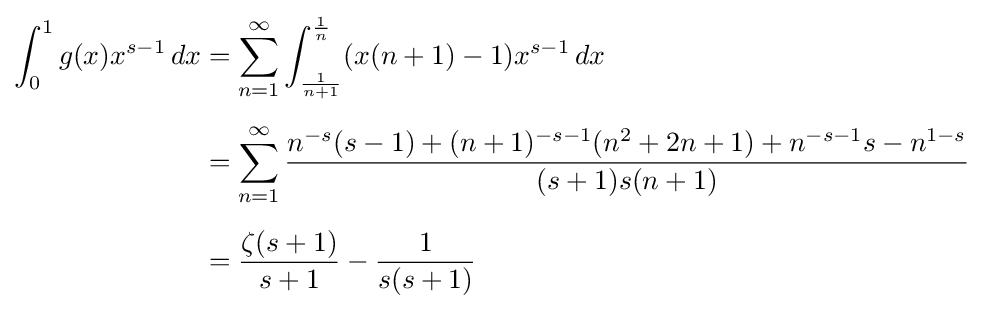
{\begin{aligned}\int _{0}^{1}g(x)x^{s-1}\,dx&=\sum _{n=1}^{\infty }\int _{\frac {1}{n+1}}^{\frac {1}{n}}(x(n+1)-1)x^{s-1}\,dx\\[5pt]&=\sum _{n=1}^{\infty }{\frac {n^{-s}(s-1)+(n+1)^{-s-1}(n^{2}+2n+1)+n^{-s-1}s-n^{1-s}}{(s+1)s(n+1)}}\\[5pt]&={\frac {\zeta (s+1)}{s+1}}-{\frac {1}{s(s+1)}}\end{aligned}}